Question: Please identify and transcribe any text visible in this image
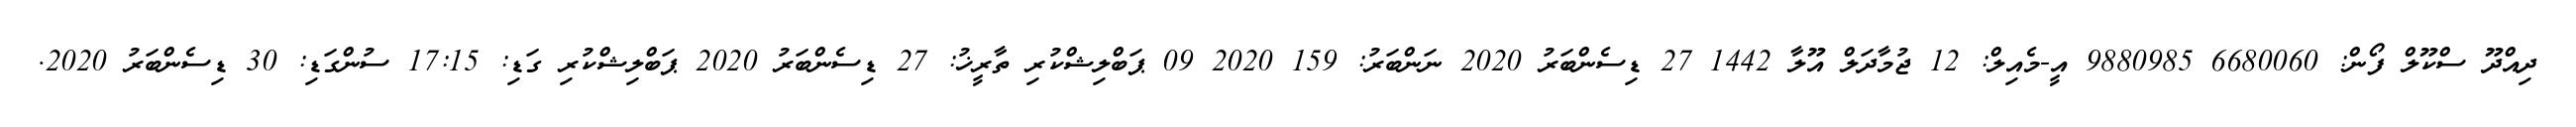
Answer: ދިއްދޫ ސްކޫލް ފޯން: 6680060 9880985 އީ-މެއިލް: 12 ޖުމާދަލް އޫލާ 1442 27 ޑިސެންބަރު 2020 ނަންބަރު: 159 2020 09 ޕަބްލިޝްކުރި ތާރީޚު: 27 ޑިސެންބަރު 2020 ޕަބްލިޝްކުރި ގަޑި: 17:15 ސުންގަޑި: 30 ޑިސެންބަރު 2020.